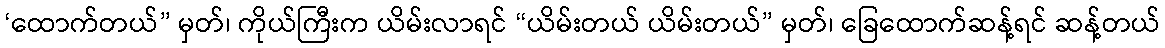
‘ထောက်တယ်” မှတ်၊ ကိုယ်ကြီးက ယိမ်းလာရင် “ယိမ်းတယ် ယိမ်းတယ်” မှတ်၊ ခြေထောက်ဆန့်ရင် ဆန့်တယ်